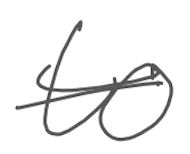
Text: to
Cross-out: single-line
Writing tool: digital_gray